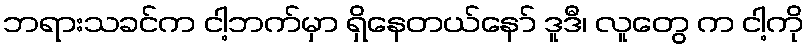
ဘရားသခင်က ငါ့ဘက်မှာ ရှိနေတယ်နော် ဒူဒီ၊ လူတွေ က ငါ့ကို